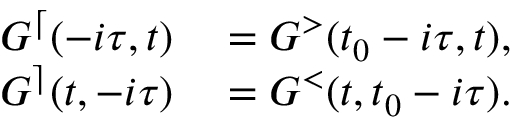
\begin{array} { r l } { G ^ { \lceil } ( - i \tau , t ) } & { { } = G ^ { > } ( t _ { 0 } - i \tau , t ) , } \\ { G ^ { \rceil } ( t , - i \tau ) } & { { } = G ^ { < } ( t , t _ { 0 } - i \tau ) . } \end{array}